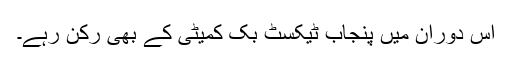
اس دوران میں پنجاب ٹیکسٹ بک کمیٹی کے بھی رکن رہے۔